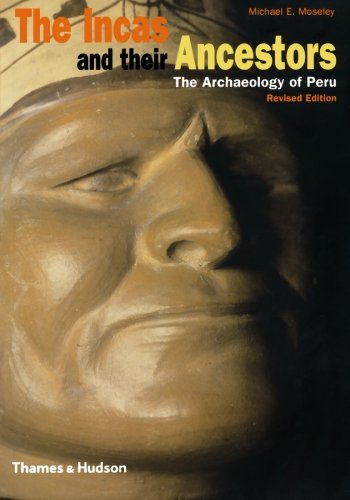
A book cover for The Incas and Their Ancestors: The Archaeology of Peru (Revised Edition); Michael E. Moseley; History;